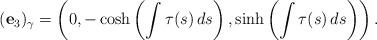
LaTeX: \begin{align*}(\mathbf{e}_{3})_{\gamma}=\left( 0,-\cosh \left( \int \tau (s)\,ds\right) ,\sinh \left( \int \tau(s)\,ds\right) \right).\end{align*}